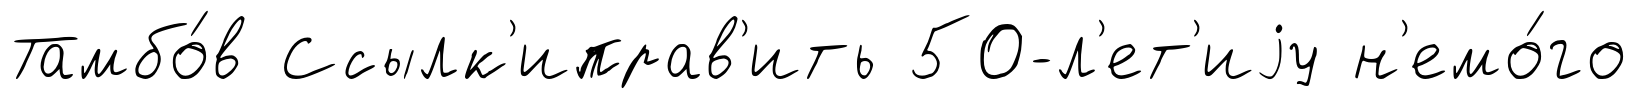
Тамбо́в Ссылк'иправ'ить 50-л'ет'иjу н'емо́го